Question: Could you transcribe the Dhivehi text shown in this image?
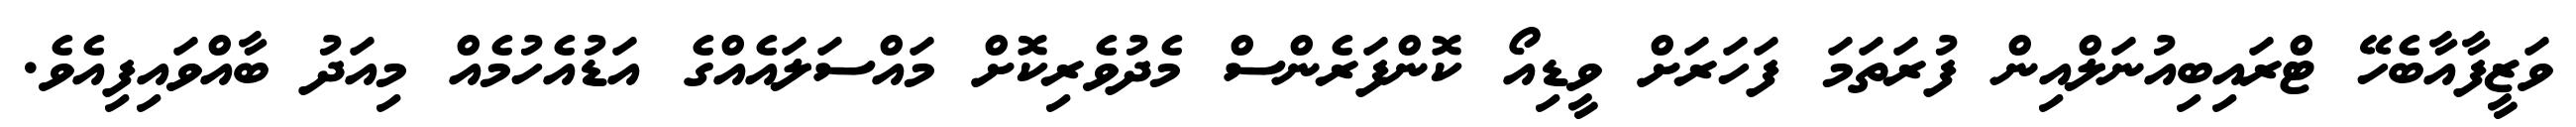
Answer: ވަޒީފާއާބެހޭ ޓްރައިބިއުނަލްއިން ފުރަތަމަ ފަހަރަށް ވީޑިއޯ ކޮންފަރެންސް މެދުވެރިކޮށް މައްސަލައެއްގެ އަޑުއެހުމެއް މިއަދު ބާއްވައިފިއެވެ.